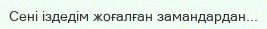
Сені іздедім жоғалған замандардан...